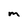
Character: M